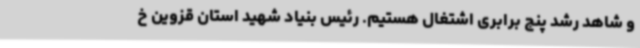
و شاهد رشد پنج برابری اشتغال هستیم. رئیس بنیاد شهید استان قزوین خ